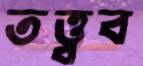
তত্ত্বব